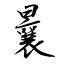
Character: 曩